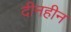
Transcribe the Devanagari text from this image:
दीनहीन